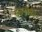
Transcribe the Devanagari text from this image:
यकनीकी